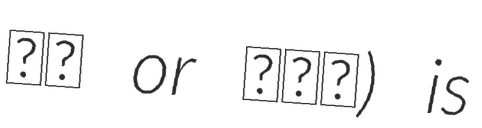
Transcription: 坂上 or 坂ノ上) is